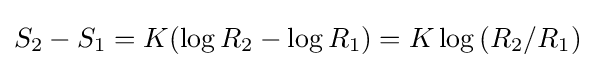
S_{2}-S_{1}=K(\log {R_{2}}-\log {R_{1}})=K\log {\left({R_{2}}/{R_{1}}\right)}